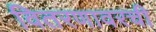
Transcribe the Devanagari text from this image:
वितरणावरची